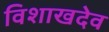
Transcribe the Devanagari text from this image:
विशाखदेव